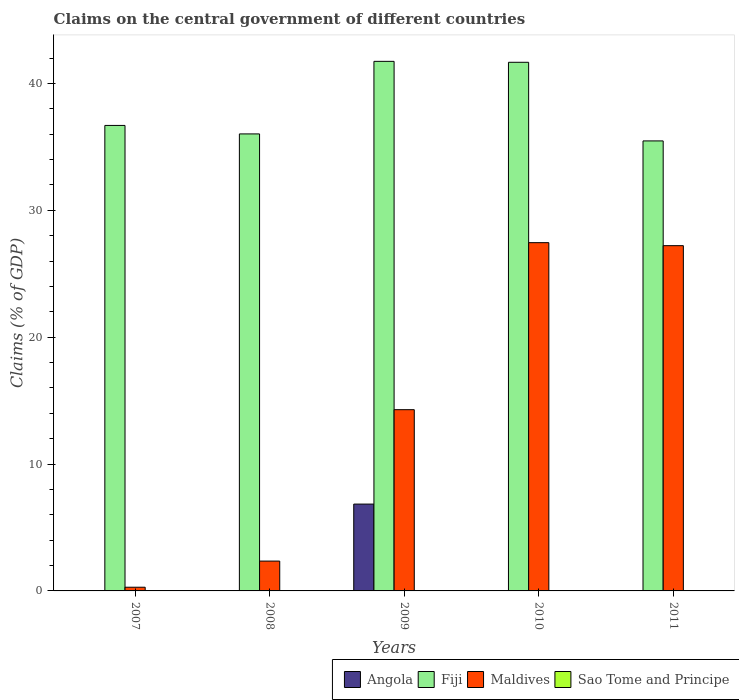
| Years | Angola | Fiji | Maldives | Sao Tome and Principe |
 | --- | --- | --- | --- | --- |
 | 2007 | -8.57 | 36.7 | 0.292 | -9.02 |
 | 2008 | -4.03 | 36 | 2.35 | -16.2 |
 | 2009 | 6.84 | 41.7 | 14.3 | -8.98 |
 | 2010 | -2.9 | 41.7 | 27.5 | -1.67 |
 | 2011 | -4.29 | 35.5 | 27.2 | -0.522 |